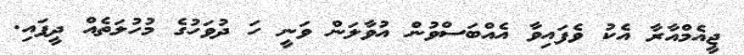
ޖީއެމްއާރާ އެކު ވެފައިވާ އެއްބަސްވުން އުވާލަން ވަނީ ހަ ދުވަހުގެ މުހުލަތެއް ދީފައި.